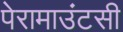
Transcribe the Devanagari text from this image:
पेरामाउंटसी